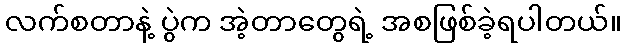
လက်စတာနဲ့ ပွဲက အဲ့တာတွေရဲ့ အစဖြစ်ခဲ့ရပါတယ်။